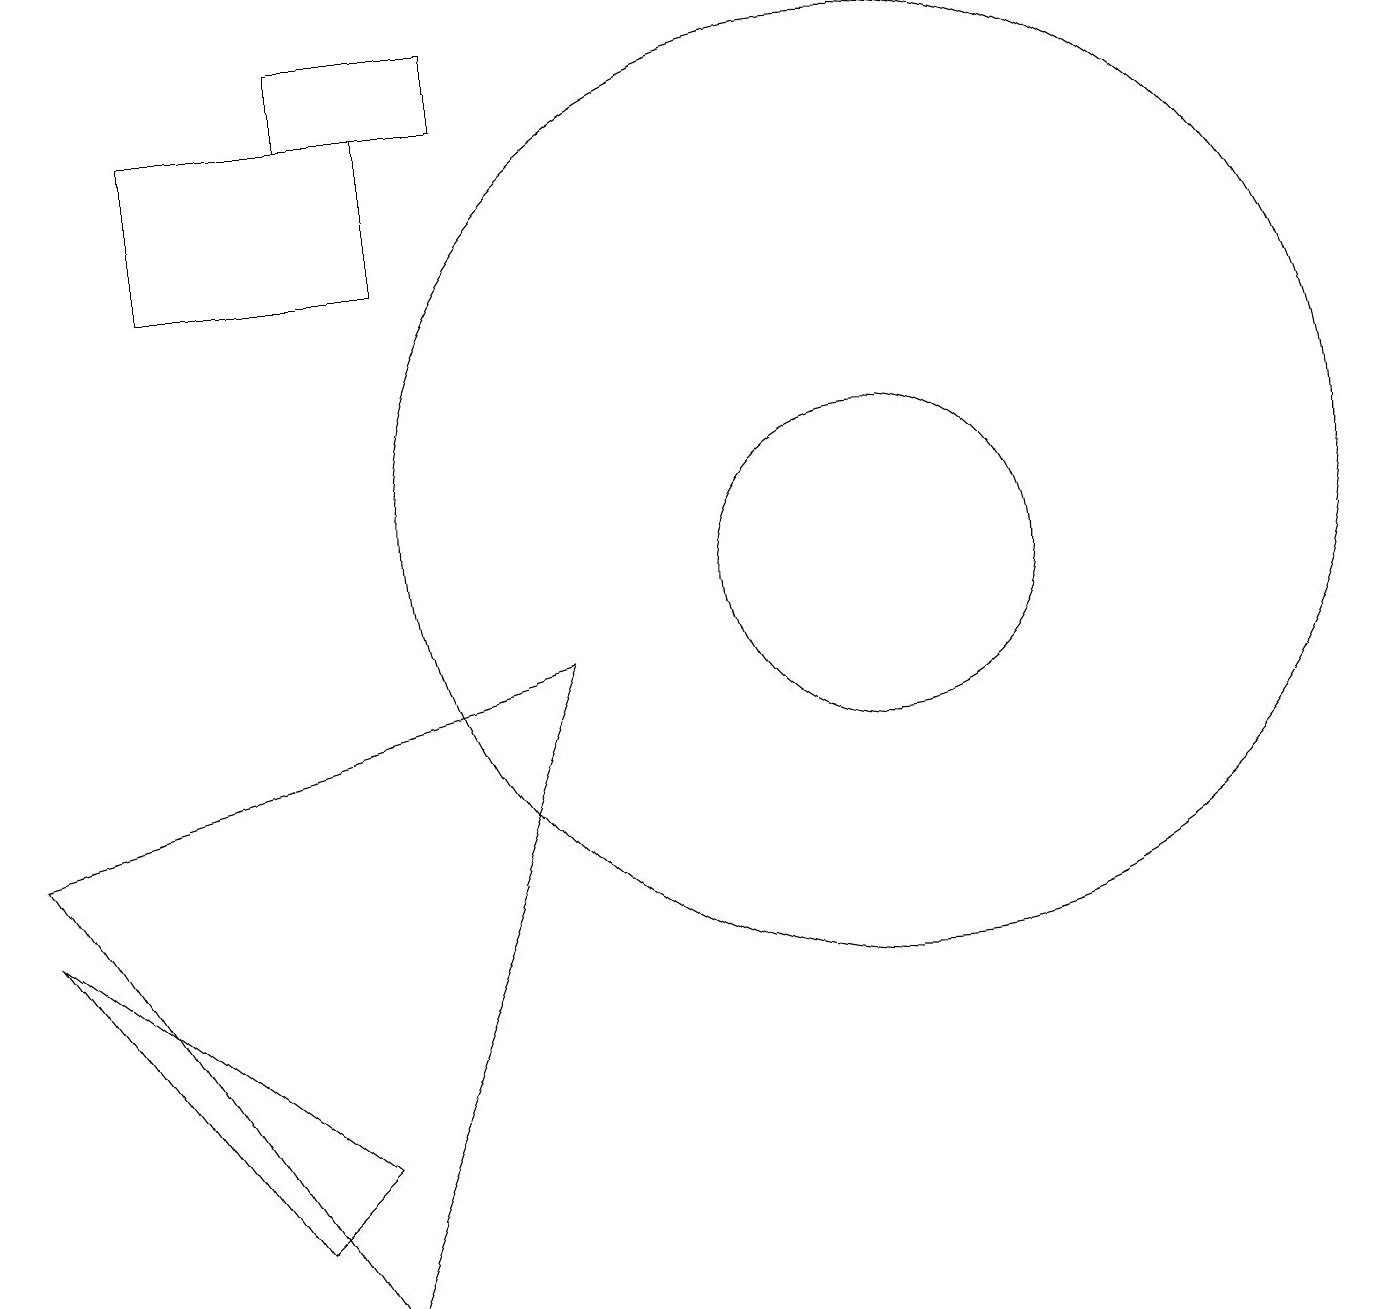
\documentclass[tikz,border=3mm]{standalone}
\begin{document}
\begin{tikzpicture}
\draw (4,17) rectangle (6,16);
\draw (11,10) circle (2);
\draw (0,6) -- (3,2) -- (4,3) -- cycle;
\draw (7,9) -- (0,7) -- (4,1) -- cycle;
\draw (5,14) rectangle (2,16);
\draw (11,11) circle (6);
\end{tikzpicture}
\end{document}